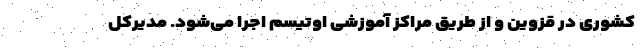
کشوری در قزوین و از طریق مراکز آموزشی اوتیسم اجرا می‌شود. مدیرکل